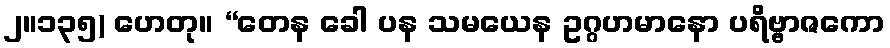
၂။၁၃၅) ဟေတု။ “တေန ခေါ ပန သမယေန ဥဂ္ဂဟမာနော ပရိဗ္ဗာဇကော